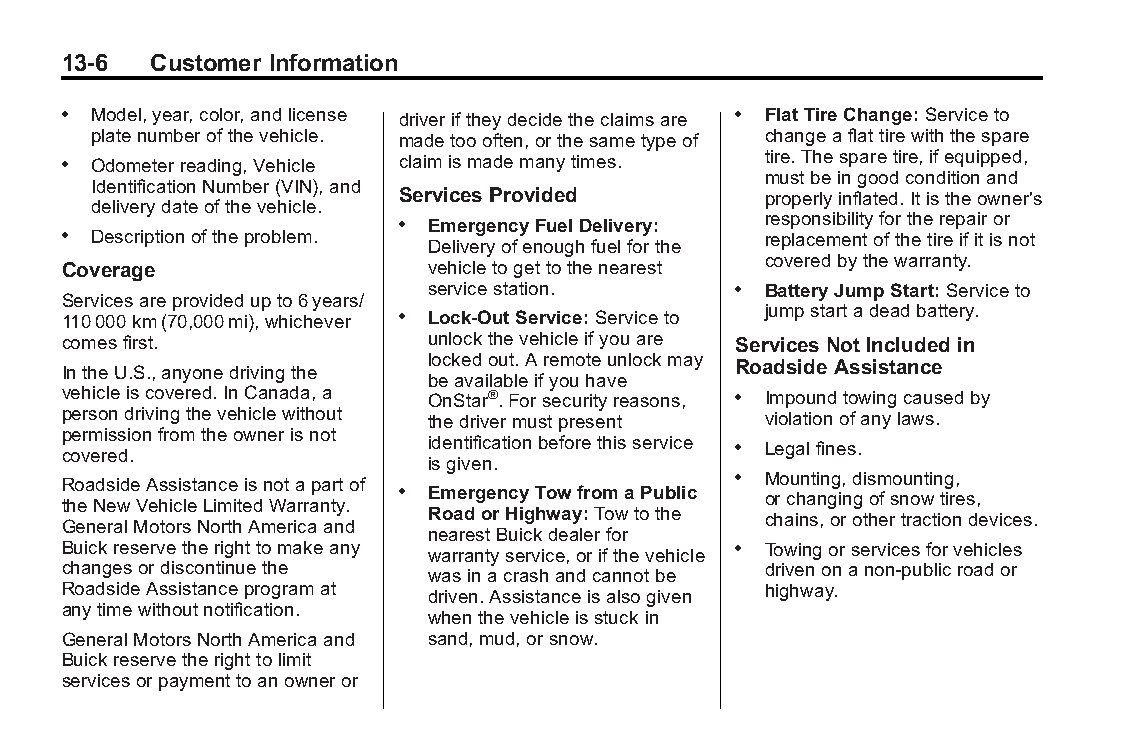
Buick LaCrosse Owner Manual (GMNA-Localizing-U.S./Canada/Mexico- Blackplate(6,1)
 6043609)-2014-2ndEdition-10/17/13
 13-6  Customer Information
 . Model,year,color,andlicense driveriftheydecidetheclaimsare . FlatTireChange:Serviceto
 platenumberofthevehicle. madetoooften,orthesametypeof changeaflattirewiththespare
 . Odometerreading,Vehicle claimismademanytimes. tire.Thesparetire,ifequipped,
 mustbeingoodconditionand
 IdentificationNumber(VIN),and
 Services Provided       properlyinflated.Itistheowner's
 deliverydateofthevehicle.
 responsibilityfortherepairor
 . EmergencyFuelDelivery:
 . Descriptionoftheproblem.                    replacementofthetireifitisnot
 Deliveryofenoughfuelforthe
 coveredbythewarranty.
 Coverage                vehicletogettothenearest
 servicestation.     . BatteryJumpStart:Serviceto
 Servicesareprovidedupto6years/
 jumpstartadeadbattery.
 110000km(70,000mi),whichever . Lock-OutService:Serviceto
 comesfirst.             unlockthevehicleifyouare Services NotIncluded in
 lockedout.Aremoteunlockmay
 IntheU.S.,anyonedrivingthe                  Roadside Assistance
 beavailableifyouhave
 vehicleiscovered.InCanada,a OnStar®.Forsecurityreasons, . Impoundtowingcausedby
 persondrivingthevehiclewithout thedrivermustpresent violationofanylaws.
 permissionfromtheownerisnot
 identificationbeforethisservice . Legalfines.
 covered.
 isgiven.
 . Mounting,dismounting,
 RoadsideAssistanceisnotapartof
 . EmergencyTowfromaPublic orchangingofsnowtires,
 theNewVehicleLimitedWarranty.
 RoadorHighway:Towtothe chains,orothertractiondevices.
 GeneralMotorsNorthAmericaand
 nearestBuickdealerfor
 Buickreservetherighttomakeany warrantyservice,orifthevehicle . Towingorservicesforvehicles
 changesordiscontinuethe wasinacrashandcannotbe drivenonanon-publicroador
 RoadsideAssistanceprogramat driven.Assistanceisalsogiven highway.
 anytimewithoutnotification.
 whenthevehicleisstuckin
 GeneralMotorsNorthAmericaand sand,mud,orsnow.
 Buickreservetherighttolimit
 servicesorpaymenttoanowneror